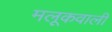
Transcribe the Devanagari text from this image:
मलूकवाली